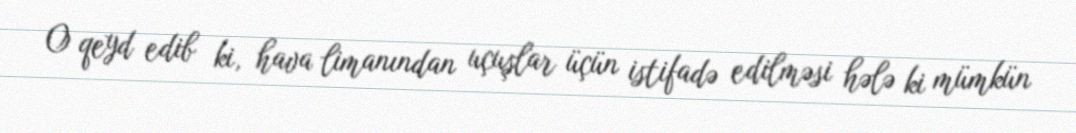
O qeyd edib ki, hava limanından uçuşlar üçün istifadə edilməsi hələ ki mümkün